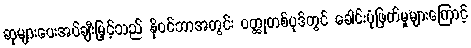
ဆုများပေးအပ်ချီးမြှင့်သည် နိုဝင်ဘာအတွင်း ဝတ္ထုတစ်ပုဒ်တွင် ခေါင်းပုံဖြတ်မှုများကြောင့်